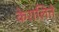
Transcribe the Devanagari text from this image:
केरालिते